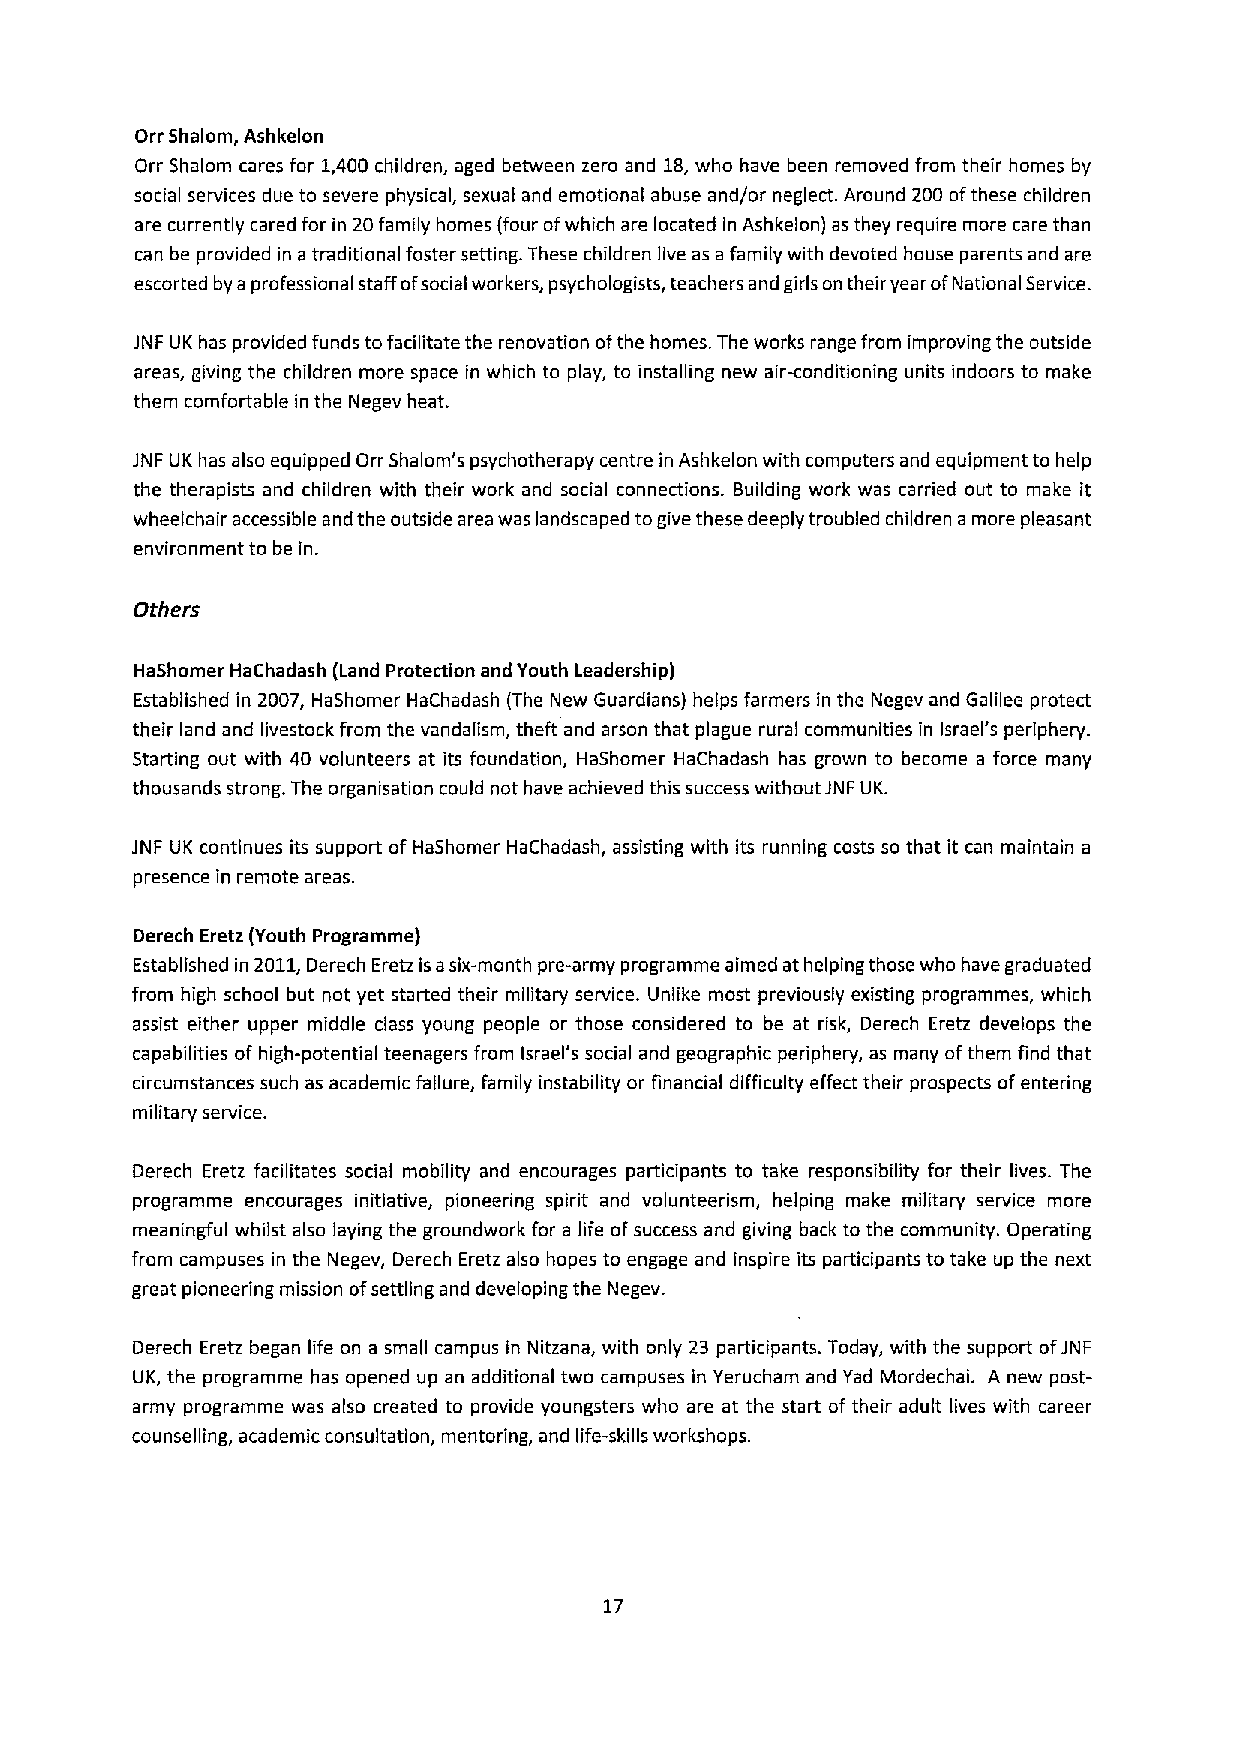
Orr Shalom, Ashkelon
 Orr Shalom cares for 1,400 children, aged between zero and 18,who have been removed from their homes by
 social services due to severe physical, sexual and emotional abuse and/or neglect. Around 200 ofthese children
 are currently cared for in 20family homes (four ofwhich are located in Ashkelon) as they require more care than
 can be provided in a traditional foster setting. These children live as a family with devoted house parents and are
 escorted by a professional staff ofsocial workers, psychologists, teachers and girls on their year ofNational Service.
 JNF UK has provided funds tofacilitate the renovation ofthe homes. The works range from improving the outside
 areas, giving the children more space in which to play, to installing new air-conditioning units indoors to make
 them comfortable in the Negev heat.
 JNF UK has also equipped Orr Shalom's psychotherapy centre in Ashkelon with computers and equipment to help
 the therapists and children with their work and social connections. Building work was carried out to make it
 wheelchair accessible and the outside area was landscaped togive these deeply troubled children a more pleasant
 environment to be in.
 Others
 Hashomer HaChadash (Land Protection and Youth Leadership)
 Established in 2007, HaShomer HaChadash (The New Guardians) helps farmers in the Negev and Galilee protect
 their land and livestock from the vandalism, theft and arson that plague rural communities in Israel's periphery.
 Starting out with 40 volunteers at its foundation, HaShomer HaChadash has grown to become a force many
 thousands strong. The organisation could not have achieved this success without JNF UK.
 JNF UK continues its support of HaShomer HaChadash, assisting with its running costs so that it can maintain a
 presence in remote areas.
 Derech Eretz (Youth Programme)
 Established in 2011,Derech Eretz isasix-month pre-army programme aimed at helping those who have graduated
 from high school but not yet started their military service. Unlike most previously existing programmes, which
 assist either upper middle class young people or those considered to be at risk, Derech Eretz develops the
 capabilities of high-potential teenagers from Israel's social and geographic periphery, as many ofthem find that
 circumstances such as academic failure, family instability or financial difficulty effect their prospects ofentering
 military service.
 Derech Eretz facilitates social mobility and encourages participants to take responsibility far their lives. The
 programme encourages initiative, pioneering spirit and volunteerism, helping make military service more
 meaningful whilst also laying the groundwork for a life ofsuccess and giving back to the community. Operating
 from campuses in the Negev, Derech Eretz also hopes to engage and inspire its participants to take up the next
 great pioneering mission ofsettling and developing the Negev.
 Derech Eretz began life on a small campus in Nitzana, with only 23 participants. Today, with the support ofJNF
 UK, the programme has opened up an additional two campuses in Yerucham and Yad Mordechai. A new post-
 army programme was also created to provide youngsters who are at the start of their adult lives with career
 counselling, academic consultation, mentoring, and life-skills workshops.
 17